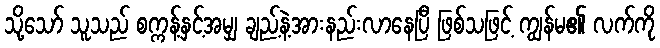
သို့သော် သူသည် စက္ကန့်နှင့်အမျှ ချည့်နဲ့အားနည်းလာနေပြီ ဖြစ်သဖြင့် ကျွန်မ၏ လက်ကို